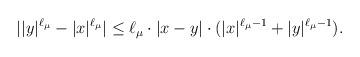
LaTeX: \begin{align*}\begin{aligned} ||y|^{\ell_\mu}-|x|^{\ell_\mu}|& \leq \ell_\mu\cdot |x-y|\cdot(|x|^{\ell_\mu-1}+|y|^{\ell_\mu-1}).\end{aligned}\end{align*}